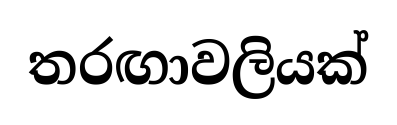
තරඟාවලියක්